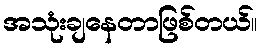
အသုံးချနေတာဖြစ်တယ်။